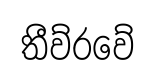
තීව්රවේ